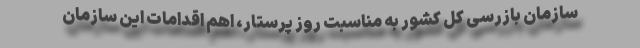
سازمان بازرسی کل کشور به مناسبت روز پرستار، اهم اقدامات این سازمان